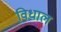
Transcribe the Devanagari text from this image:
विधाल